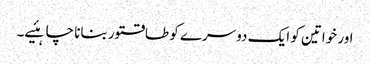
اور خواتین کو ایک دوسرے کو طاقتور بنانا چاہئیے۔